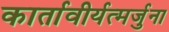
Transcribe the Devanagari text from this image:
कार्तावीर्यत्मर्जुना